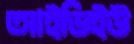
আইডিইউ